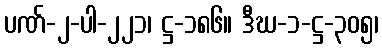
ပဏ်-၂-ပါ-၂၂၁၊ ဋ္ဌ-၁၈၆။ ဒီဃ-၁-ဋ္ဌ-၃၀၅၊